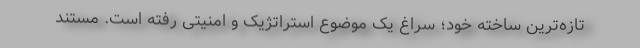
تازه‌ترین ساخته خود؛ سراغ یک موضوع استراتژیک و امنیتی رفته است. مستند